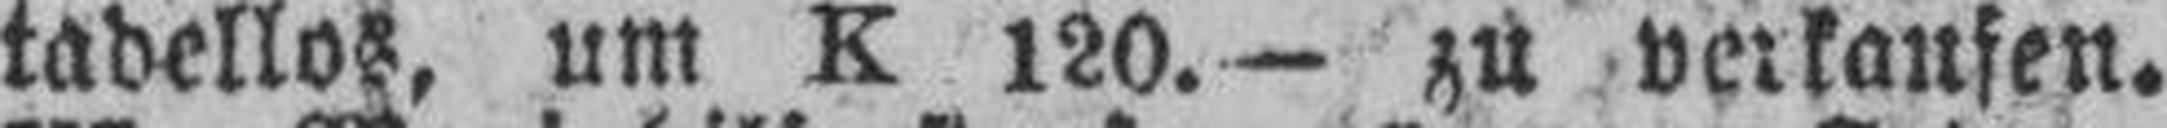
tadellos, um K 120.— zu verkaufen.